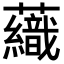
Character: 𧄕